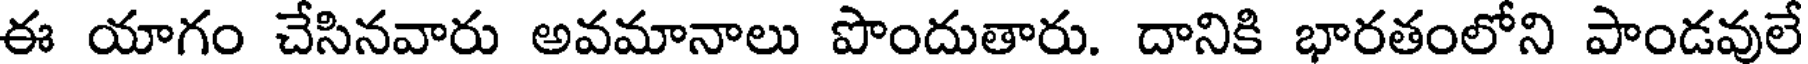
ఈ యాగం చేసినవారు అవమానాలు పొందుతారు. దానికి భారతంలోని పాండవులే